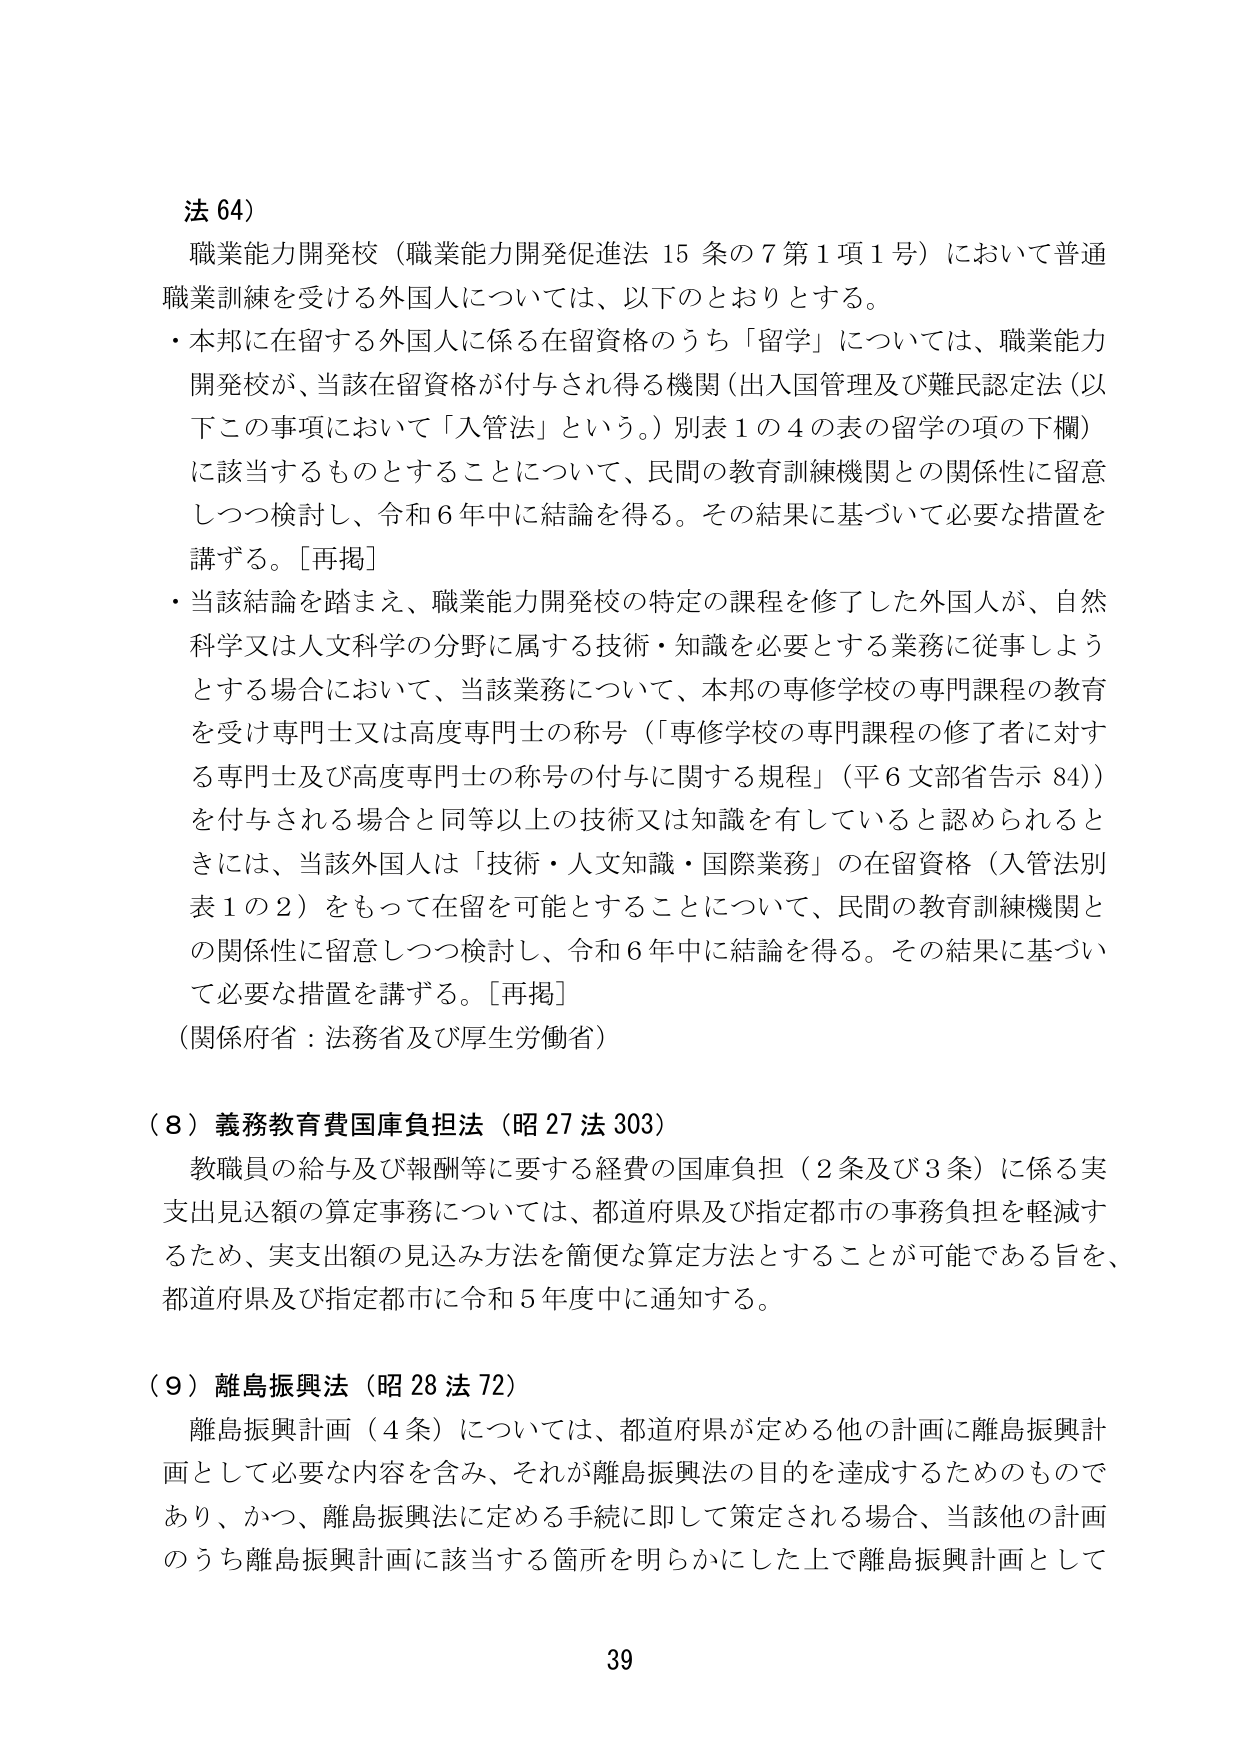
法 64)

職業能力開発校（職業能力開発促進法 15 条の 7 第 1 項 1 号）において普通職業訓練を受ける外国人については、以下のとおりとする。

・本邦に在留する外国人に係る在留資格のうち「留学」については、職業能力開発校が、当該在留資格が付与され得る機関（出入国管理及び難民認定法（以下この事項において「入管法」という。）別表 1 の 4 の表の留学の項の下欄）に該当するものとすることについて、民間の教育訓練機関との関係性に留意しつつ検討し、令和 6 年中に結論を得る。その結果に基づいて必要な措置を講ずる。[再掲]

・当該結論を踏まえ、職業能力開発校の特定の課程を修了した外国人が、自然科学又は人文科学の分野に属する技術・知識を必要とする業務に従事しようとする場合において、当該業務について、本邦の専修学校の専門課程の教育を受け専門士又は高度専門士の称号（「専修学校の専門課程の修了者に対する専門士及び高度専門士の称号の付与に関する規程」（平 6 文部省告示 84））を付与される場合と同等以上の技術又は知識を有していると認められるときには、当該外国人は「技術・人文知識・国際業務」の在留資格（入管法別表 1 の 2）をもって在留を可能とすることについて、民間の教育訓練機関との関係性に留意しつつ検討し、令和 6 年中に結論を得る。その結果に基づいて必要な措置を講ずる。[再掲]

（関係府省：法務省及び厚生労働省）

（8）義務教育費国庫負担法（昭 27 法 303）

教職員の給与及び報酬等に要する経費の国庫負担（2 条及び 3 条）に係る実支出見込額の算定事務については、都道府県及び指定都市の事務負担を軽減するため、実支出額の見込み方法を簡便な算定方法とすることが可能である旨を、都道府県及び指定都市に令和 5 年度中に通知する。

（9）離島振興法（昭 28 法 72）

離島振興計画（4 条）については、都道府県が定める他の計画に離島振興計画として必要な内容を含み、それが離島振興法の目的を達成するためのものであり、かつ、離島振興法に定める手続に即して策定される場合、当該他の計画のうち離島振興計画に該当する箇所を明らかにした上で離島振興計画として

39